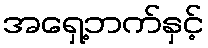
အရှေ့ဘက်နှင့်